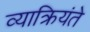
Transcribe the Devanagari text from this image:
व्याक्रियंते